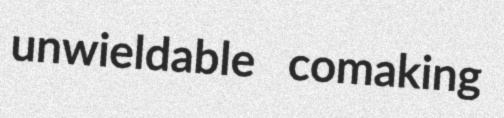
unwieldable comaking